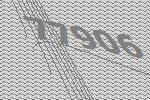
77906